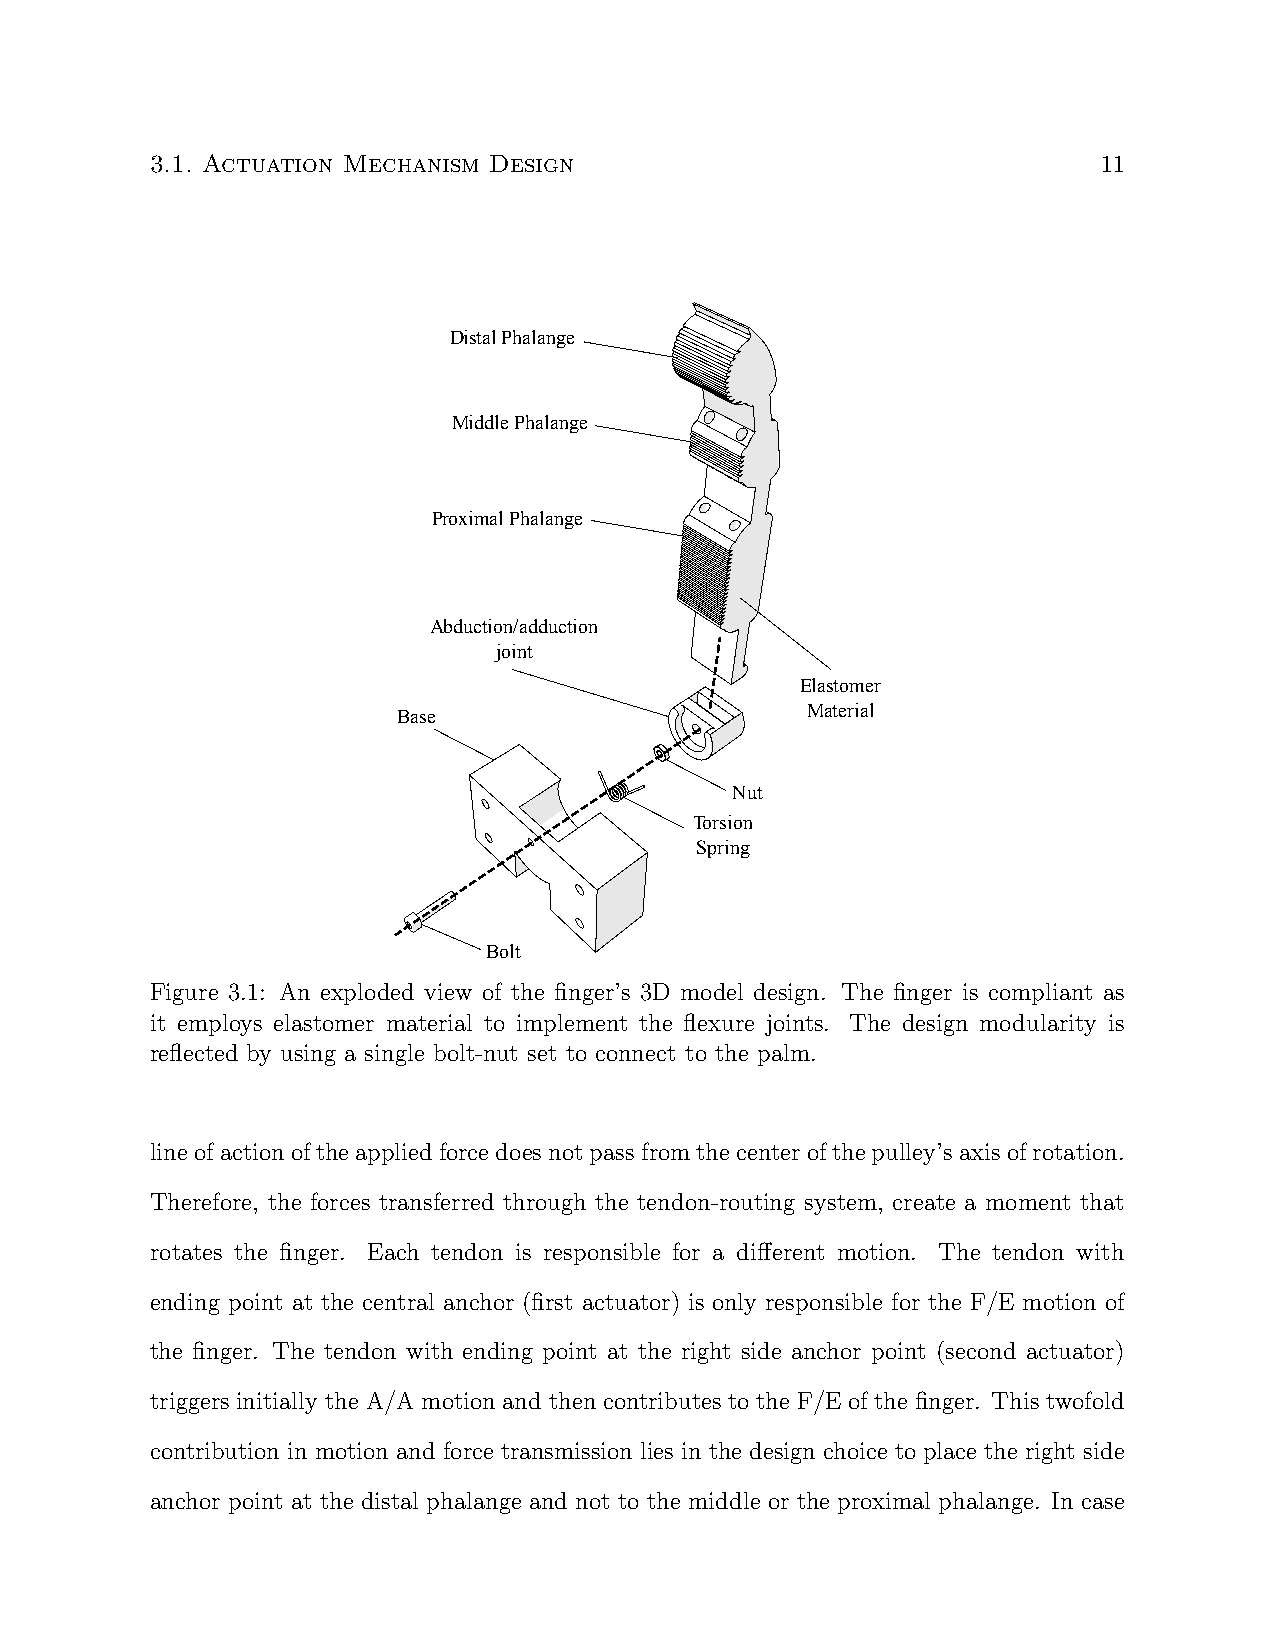
3.1. Actuation Mechanism Design                                11
 Distal Phalange
 Middle Phalange
 Proximal Phalange
 Abduction/adduction
 joint
 Elastomer
 Base                       Material
 Nut
 Torsion
 Spring
 Bolt
 Figure 3.1: An exploded view of the finger’s 3D model design. The finger is compliant as
 it employs elastomer material to implement the flexure joints. The design modularity is
 reflected by using a single bolt-nut set to connect to the palm.
 lineofactionoftheappliedforcedoesnotpassfromthecenterofthepulley’saxisofrotation.
 Therefore, the forces transferred through the tendon-routing system, create a moment that
 rotates the finger. Each tendon is responsible for a different motion. The tendon with
 ending point at the central anchor (first actuator) is only responsible for the F/E motion of
 the finger. The tendon with ending point at the right side anchor point (second actuator)
 triggers initially the A/A motion and then contributes to the F/E of the finger. This twofold
 contribution in motion and force transmission lies in the design choice to place the right side
 anchor point at the distal phalange and not to the middle or the proximal phalange. In case